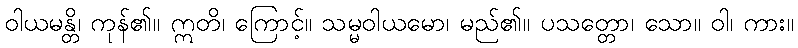
ဝါယမန္တိ၊ ကုန်၏။ ဣတိ၊ ကြောင့်။ သမ္မဝါယမော၊ မည်၏။ ပသတ္တော၊ သော။ ဝါ၊ ကား။